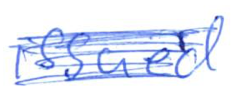
Text: issued
Cross-out: scratch
Writing tool: ballpoint